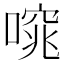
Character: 𠻩